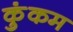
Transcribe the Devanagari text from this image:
कुंकम